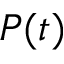
P ( t )